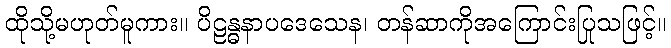
ထိုသို့မဟုတ်မူကား။ ပိဠန္ဓနာပဒေသေန၊ တန်ဆာကိုအကြောင်းပြုသဖြင့်။